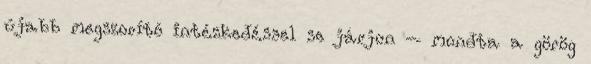
újabb megszorító intézkedéssel se járjon – mondta a görög